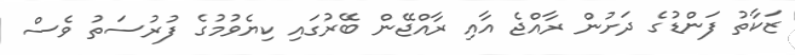
ޒަކާތު ފަންޑުގެ ދަށުން ރާއްޖެ އާއި ރާއްޖޭން ބޭރުގައި ކިޔެވުމުގެ ފުރުސަތު ވެސް